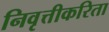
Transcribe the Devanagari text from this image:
निवृत्तीकरिता